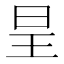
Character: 𭥕